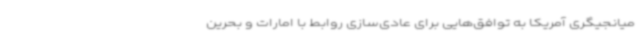
میانجیگری آمریکا به توافق‌هایی برای عادی‌سازی روابط با امارات و بحرین